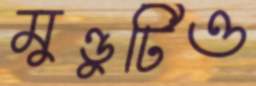
মুণ্ডুটিও